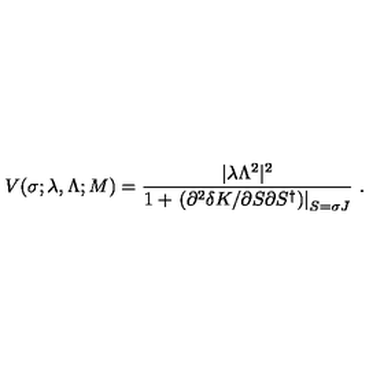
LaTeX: V ( \sigma ; \lambda , \Lambda ; M ) = \frac { | \lambda \Lambda ^ { 2 } | ^ { 2 } } { 1 + \left. \left( \partial ^ { 2 } \delta K / \partial S \partial S ^ { \dagger } \right) \right| _ { S = \sigma J } } \ .